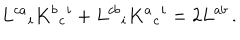
L ^ { c a } { } _ { i } K ^ { b } { } _ { c } { } ^ { i } + L ^ { c b } { } _ { i } K ^ { a } { } _ { c } { } ^ { i } = 2 L ^ { a b } \, .